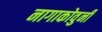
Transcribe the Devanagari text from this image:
नागाकोवुनी